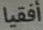
أفقيا